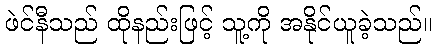
ဖဲင်နီသည် ထိုနည်းဖြင့် သူ့ကို အနိုင်ယူခဲ့သည်။